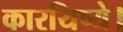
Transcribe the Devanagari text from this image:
कारयिष्ये।